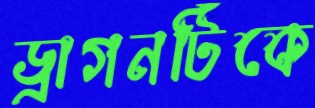
ড্রাগনটিকে